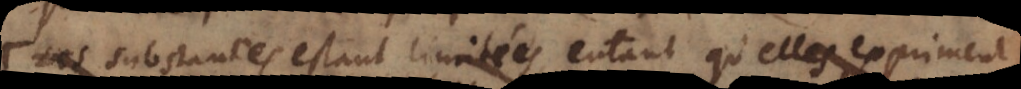
substances estant limitées, entant qu’elles expriment